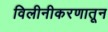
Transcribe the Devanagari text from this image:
विलीनीकरणातून